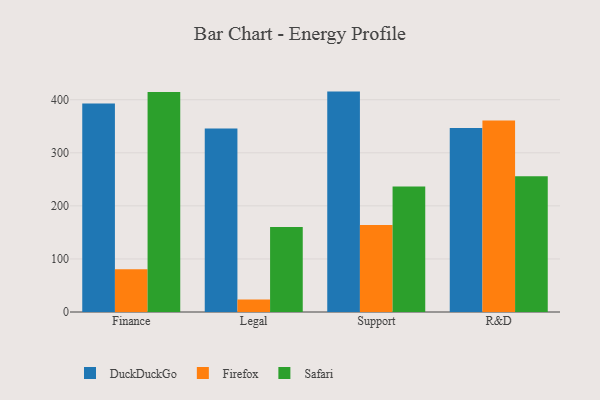
{"axis": {"x": "Department", "y": "LTV (USD)"}, "legend": ["DuckDuckGo", "Firefox", "Safari"], "data": [{"x": "Finance", "y": 392.7, "type": "DuckDuckGo"}, {"x": "Finance", "y": 80.5, "type": "Firefox"}, {"x": "Finance", "y": 414.6, "type": "Safari"}, {"x": "Legal", "y": 346.0, "type": "DuckDuckGo"}, {"x": "Legal", "y": 23.4, "type": "Firefox"}, {"x": "Legal", "y": 160.2, "type": "Safari"}, {"x": "Support", "y": 415.3, "type": "DuckDuckGo"}, {"x": "Support", "y": 164.1, "type": "Firefox"}, {"x": "Support", "y": 236.5, "type": "Safari"}, {"x": "R&D", "y": 346.8, "type": "DuckDuckGo"}, {"x": "R&D", "y": 360.9, "type": "Firefox"}, {"x": "R&D", "y": 255.8, "type": "Safari"}]}